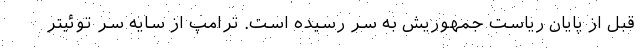
قبل از پایان ریاست جمهوریش به سر رسیده است. ترامپ از سایه سر توئیتر